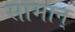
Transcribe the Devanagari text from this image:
सामान्